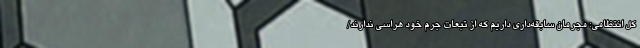
کل انتظامی: مجرمان سابقه‌داری داریم که از تبعات جرم خود هراسی ندارند/